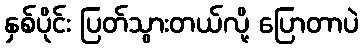
နှစ်ပိုင်း ပြတ်သွားတယ်လို့ ပြောတာပဲ